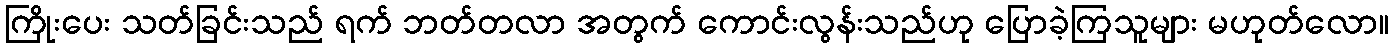
ကြိုးပေး သတ်ခြင်းသည် ရက် ဘတ်တလာ အတွက် ကောင်းလွန်းသည်ဟု ပြောခဲ့ကြသူများ မဟုတ်လော။